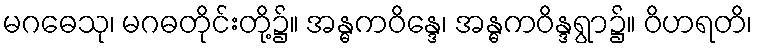
မဂဓေသု၊ မဂဓတိုင်းတို့၌။ အန္ဓကဝိန္ဒေ၊ အန္ဓကဝိန္ဒရွာ၌။ ဝိဟရတိ၊